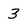
Character: 3